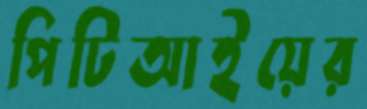
পিটিআইয়ের